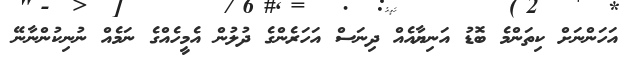
އަހަންނަށް ކިތަންމެ ބޮޑު އަނިޔާއެއް ދިނަސް އަހަރެންގެ ދުލުން އެމީހެއްގެ ނަމެއް ނުނިކުންނާނޭ